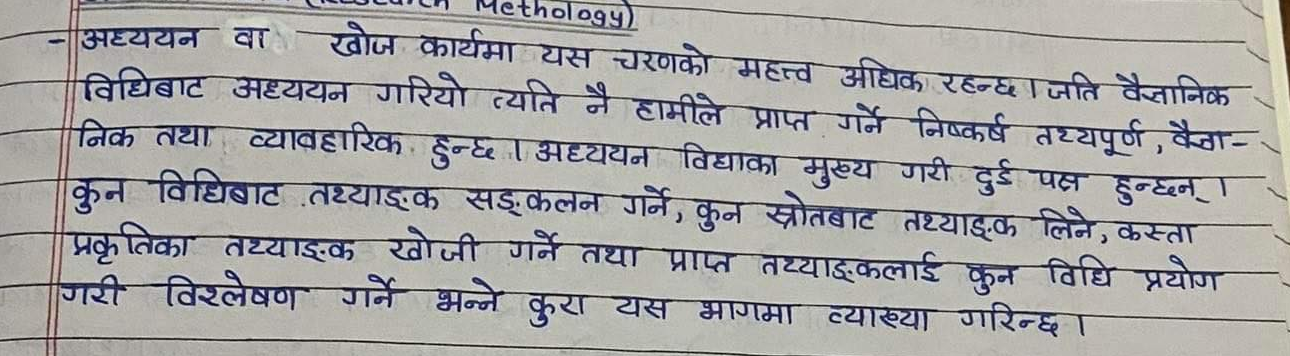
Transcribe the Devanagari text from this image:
अध्ययन वा खोज कार्यमा यस चरणको महत्त्व अधिक रहन्छ । जति वैज्ञानिक
विधिबाट अध्ययन गरियो त्यति नै हामीले प्राप्त गर्ने निष्कर्ष तथ्यपूर्ण, वैज्ञा--
निक तथा व्यावहारिक हुन्छ । अध्ययन विधाका मुख्य गरी दुई पक्ष हुन्छन् ।
कुन विधिबाट तथ्याङ्‌क सङ्‌कलन गर्ने, कुन स्रोतबाट तथ्याङ्‌क लिने, कस्ता
प्रकृतिका तथ्याङ्‌क खोजी गर्ने तथा प्राप्त तथ्याङ्‌कलाई कुन विधि प्रयोग
गरी विश्लेषण गर्ने भन्ने कुरा यस भागमा व्याख्या गरिन्छ ।